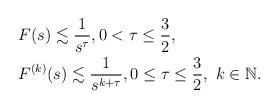
LaTeX: \begin{align*}\begin{aligned}&F(s)\lesssim \frac{1}{s^{\tau}},0<\tau\leq \frac{3}{2}, \\&F^{(k)}(s)\lesssim \frac{1}{s^{k+\tau}},0\leq \tau\leq \frac{3}{2},\ k\in \mathbb{N}.\end{aligned}\end{align*}